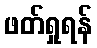
ဖတ်ရှုရန်